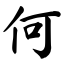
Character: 何